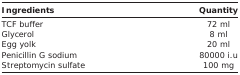
<table><thead><tr><td><b>Ingredients</b></td><td><b>Quantity</b></td></tr></thead><tbody><tr><td>TCF buffer</td><td>72 ml</td></tr><tr><td>Glycerol</td><td>8 ml</td></tr><tr><td>Egg yolk</td><td>20 ml</td></tr><tr><td>Penicillin G sodium</td><td>80000 i.u</td></tr><tr><td>Streptomycin sulfate</td><td>100 mg</td></tr></tbody></table>